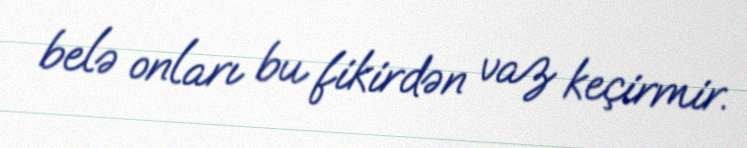
belə onları bu fikirdən vaz keçirmir.